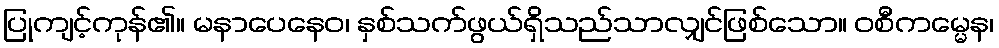
ပြုကျင့်ကုန်၏။ မနာပေနေဝ၊ နှစ်သက်ဖွယ်ရှိသည်သာလျှင်ဖြစ်သော။ ဝစီကမ္မေန၊